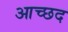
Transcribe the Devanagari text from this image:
आच्छद